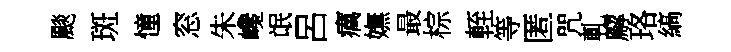
颷斑憧窓朱巉氓呂癘嫵最棕輊等匿咒軋廨珞縞